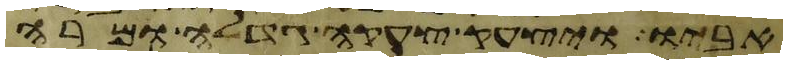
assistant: אביו ויצעק צעקה גדלה ומרה